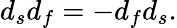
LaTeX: d_{s}d_{f}=-d_{f}d_{s}.